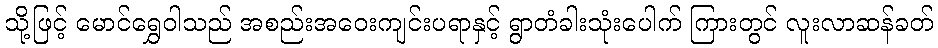
သို့ဖြင့် မောင်ရွှေဝါသည် အစည်းအဝေးကျင်းပရာနှင့် ရွာတံခါးသုံးပေါက် ကြားတွင် လူးလာဆန်ခတ်